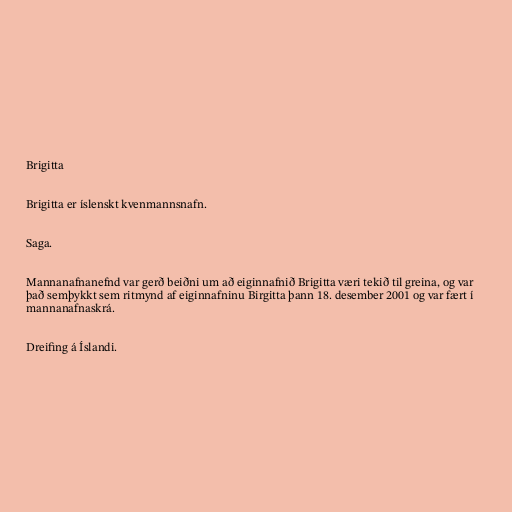
Brigitta

Brigitta er íslenskt kvenmannsnafn.

Saga.

Mannanafnanefnd var gerð beiðni um að eiginnafnið Brigitta væri tekið til greina, og var
það semþykkt sem ritmynd af eiginnafninu Birgitta þann 18. desember 2001 og var fært í
mannanafnaskrá.

Dreifing á Íslandi.